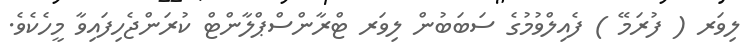
ލިވަރ ( ފުރަމޭ ) ފެއިލްވުމުގެ ސަބަބުން ލިވަރ ޓްރާންސްޕްލާންޓް ކުރަންޖެހިފައިވާ މީހެކެވެ.